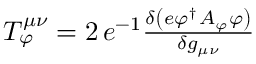
\begin{array} { r } { T _ { \varphi } ^ { \mu \nu } = 2 \, e ^ { - 1 } \frac { \delta \left( e \varphi ^ { \dag } A _ { \varphi } \varphi \right) } { \delta g _ { \mu \nu } } } \end{array}